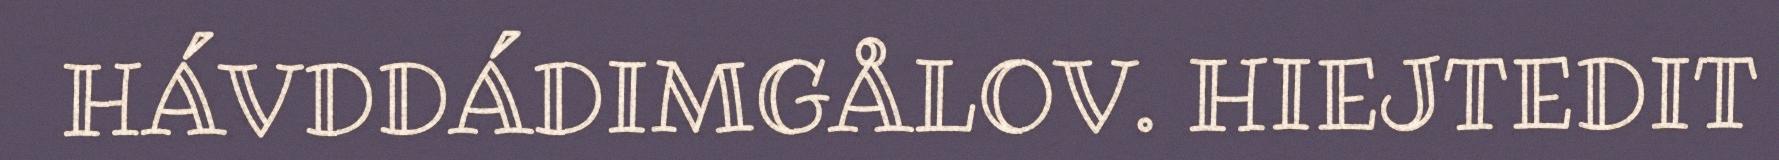
HÁVDDÁDIMGÅLOV. HIEJTEDIT